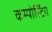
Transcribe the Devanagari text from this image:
कम्पोस्टिंग